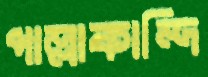
পাল্লাকান্দি